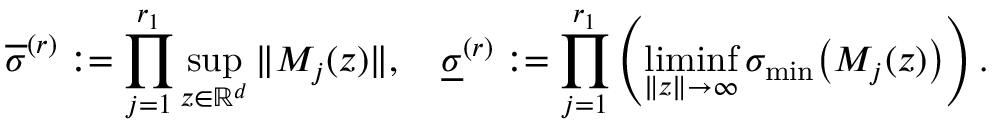
\overline { { \sigma } } ^ { ( r ) } : = \prod _ { j = 1 } ^ { r _ { 1 } } \operatorname* { s u p } _ { z \in \mathbb { R } ^ { d } } \| M _ { j } ( z ) \| , \quad \underline { { \sigma } } ^ { ( r ) } : = \prod _ { j = 1 } ^ { r _ { 1 } } \left( \operatorname* { l i m i n f } _ { \| z \| \to \infty } \sigma _ { \operatorname* { m i n } } \big ( M _ { j } ( z ) \big ) \right) .